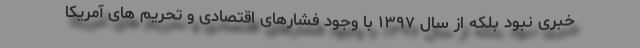
خبری نبود بلکه از سال ۱۳۹۷ با وجود فشارهای اقتصادی و تحریم های آمریکا